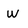
Character: w